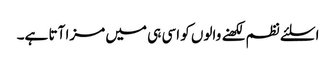
اسلئے نظم لکھنے والوں کو اسی ہی میں مزا آتا ہے۔